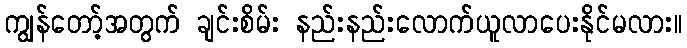
ကျွန်တော့်အတွက် ချင်းစိမ်း နည်းနည်းလောက်ယူလာပေးနိုင်မလား။